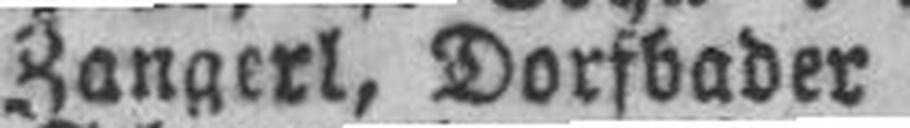
Zangerl, Dorfbader